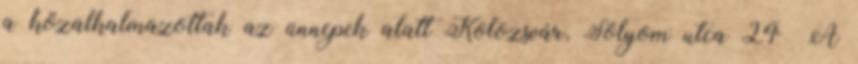
a közalkalmazottak az ünnepek alatt Kolozsvár, Sólyom utca 24 A